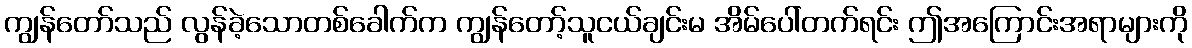
ကျွန်တော်သည် လွန်ခဲ့သောတစ်ခေါက်က ကျွန်တော့်သူငယ်ချင်းမ အိမ်ပေါ်တက်ရင်း ဤအကြောင်းအရာများကို